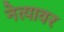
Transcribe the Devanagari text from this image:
नेत्यावर